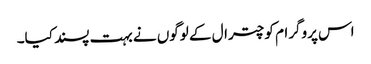
اس پروگرام کو چترال کے لوگوں نے بہت پسند کیا۔